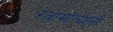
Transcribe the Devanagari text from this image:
रत्नामोत्यांनी